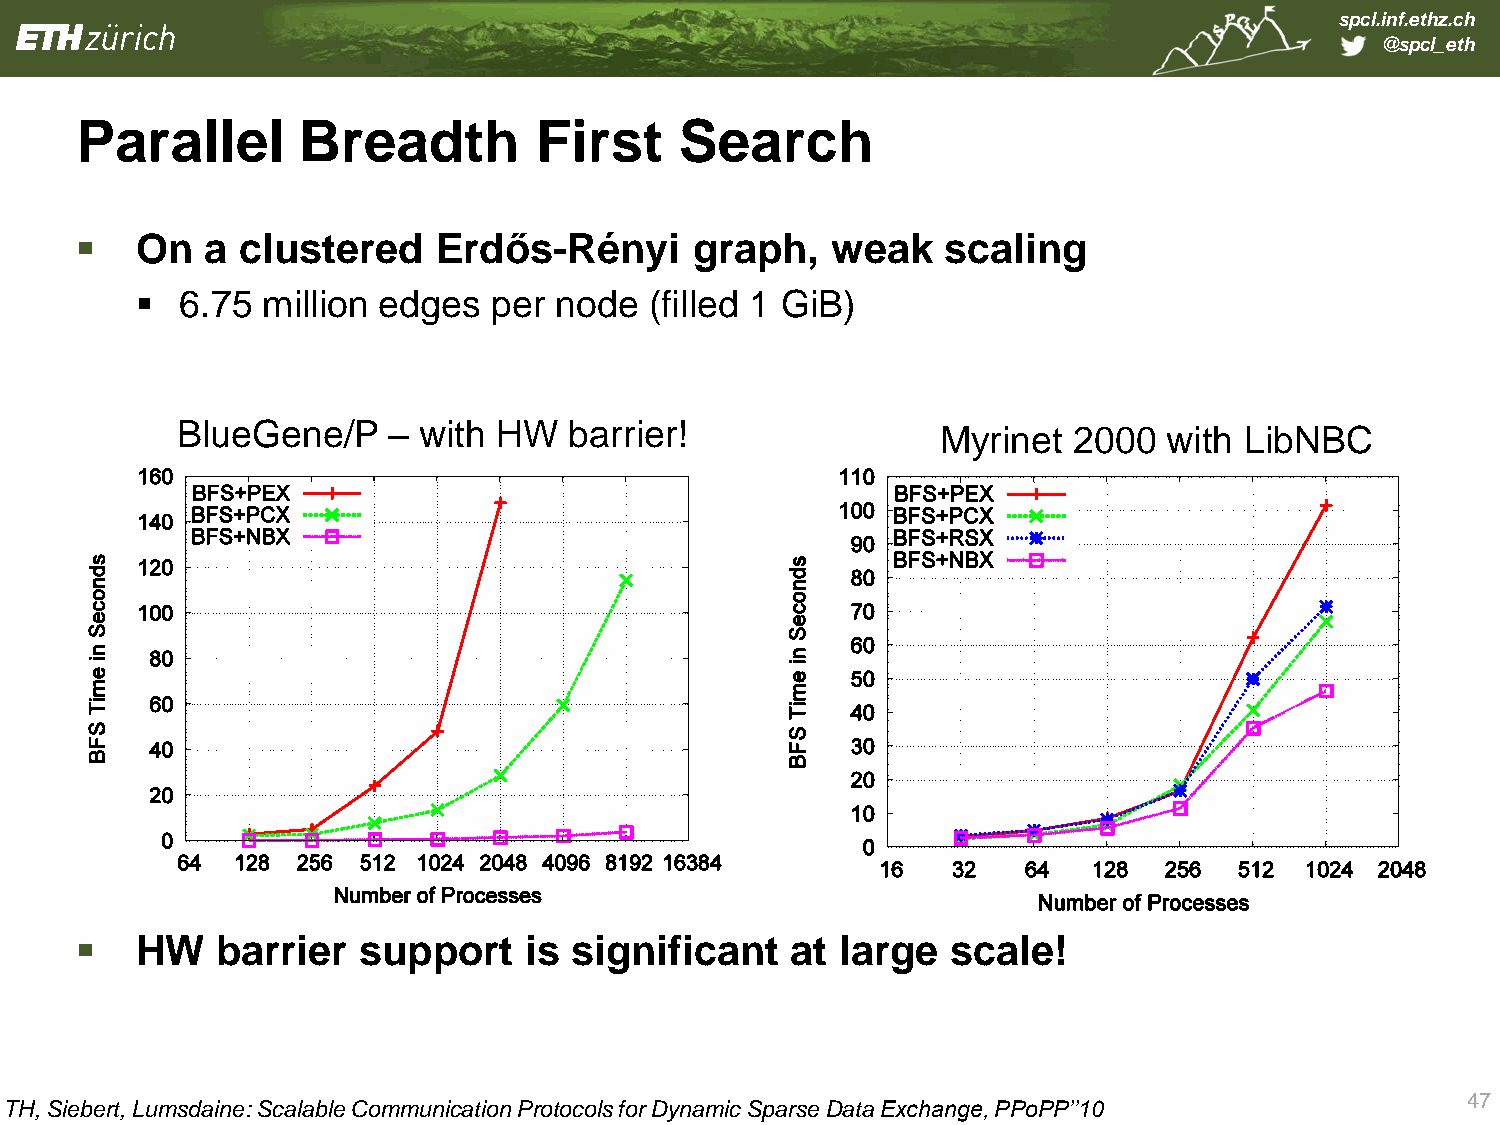
spcl.inf.ethz.ch
 @spcl_eth
 Parallel       Breadth        First     Search
    On   a clustered    Erdős-Rényi      graph,   weak    scaling
   6.75 million edges  per  node  (filled 1 GiB)
 BlueGene/P    – with HW   barrier!                Myrinet  2000  with LibNBC
    HW   barrier   support    is significant   at  large  scale!
 47
 TH, Siebert, Lumsdaine: Scalable Communication Protocols for Dynamic Sparse Data Exchange, PPoPP’’10